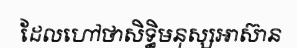
ដែលហៅថាសិទ្ធិមនុស្សអាស៊ាន